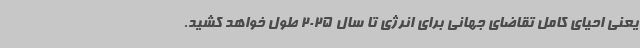
یعنی احیای کامل تقاضای جهانی برای انرژی تا سال 2025 طول خواهد کشید.